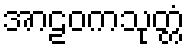
အာဠဝကသုတ္တံ